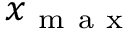
x _ { \mathrm { ~ m ~ a ~ x ~ } }